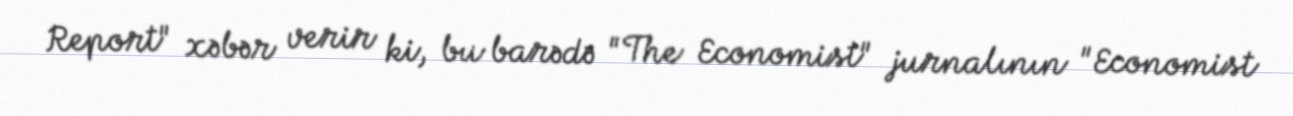
Report" xəbər verir ki, bu barədə "The Economist" jurnalının "Economist